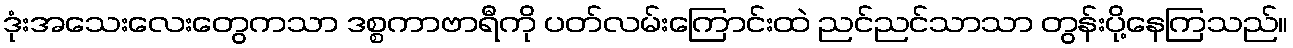
ဒုံးအသေးလေးတွေကသာ ဒစ္စကာဗာရီကို ပတ်လမ်းကြောင်းထဲ ညင်ညင်သာသာ တွန်းပို့နေကြသည်။